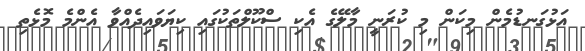
އަޅުގަނޑުމެން މިކަން މި ކުރަނީ މާލޭގެ އެކި ސްކޫލްތަކުގައި ކިޔަވައިދެއްވާ އެންމެ މޮޅެތި